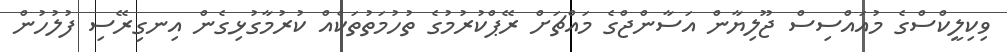
ވިކިލީކްސްގެ މުއައްސިސް ޖޫލިޔާން އަސާންޖްގެ މައްޗަށް ރޭޕްކުރުމުގެ ތުހުމަތުތަކެއް ކުރުމާގުޅިގެން އިނގިރޭސި ފުލުހުން